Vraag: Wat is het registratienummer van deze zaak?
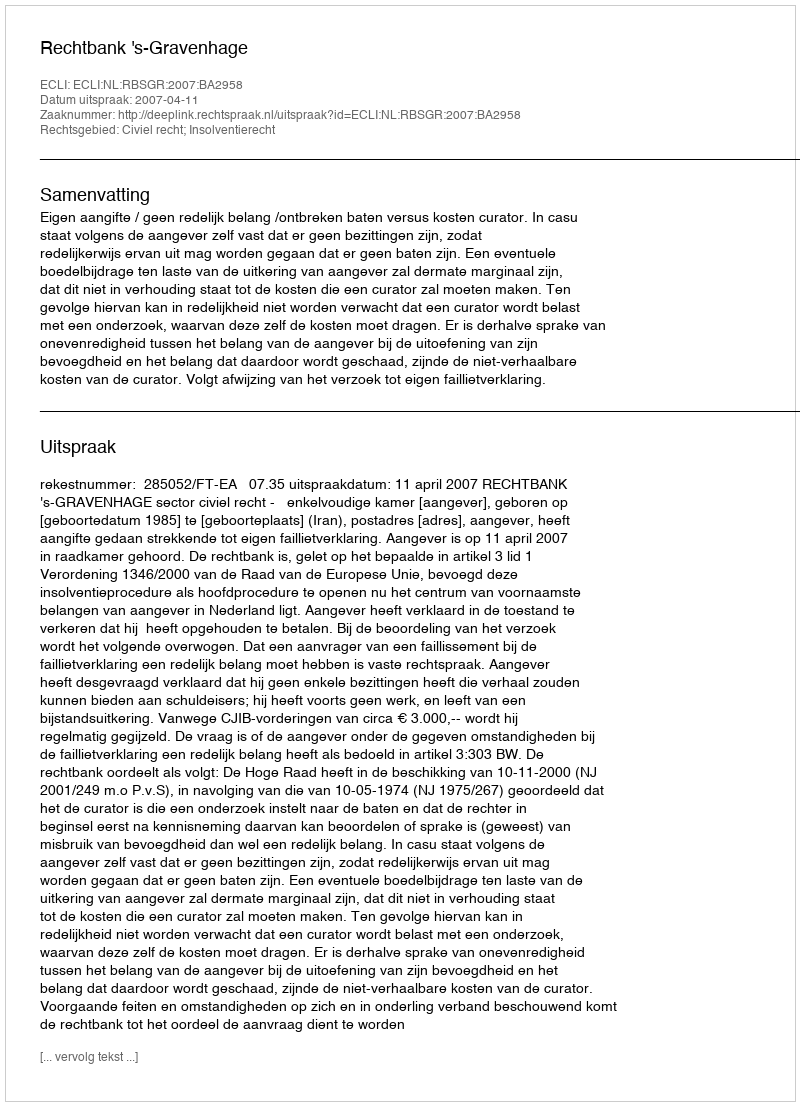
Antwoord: http://deeplink.rechtspraak.nl/uitspraak?id=ECLI:NL:RBSGR:2007:BA2958